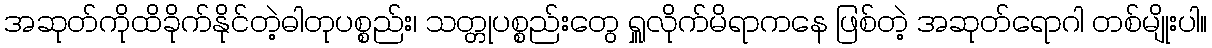
အဆုတ်ကိုထိခိုက်နိုင်တဲ့ဓါတုပစ္စည်း၊ သတ္တုပစ္စည်းတွေ ရှူလိုက်မိရာကနေ ဖြစ်တဲ့ အဆုတ်ရောဂါ တစ်မျိုးပါ။